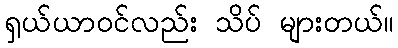
ရှယ်ယာဝင်လည်း သိပ် များတယ်။